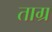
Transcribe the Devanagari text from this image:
ताग्र